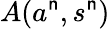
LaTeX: A(a^{\mathsf{n}},s^{\mathsf{n}})